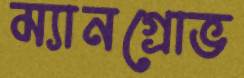
ম্যানগ্রোভ